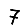
Digit: 7